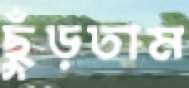
ছুঁড়তাম